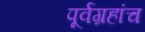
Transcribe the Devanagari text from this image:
पूर्वग्रहांच